Annual report of the Punjab Veterinary College and of the Civil Veterinary Department, Punjab - 1894-1908
Year: 1894
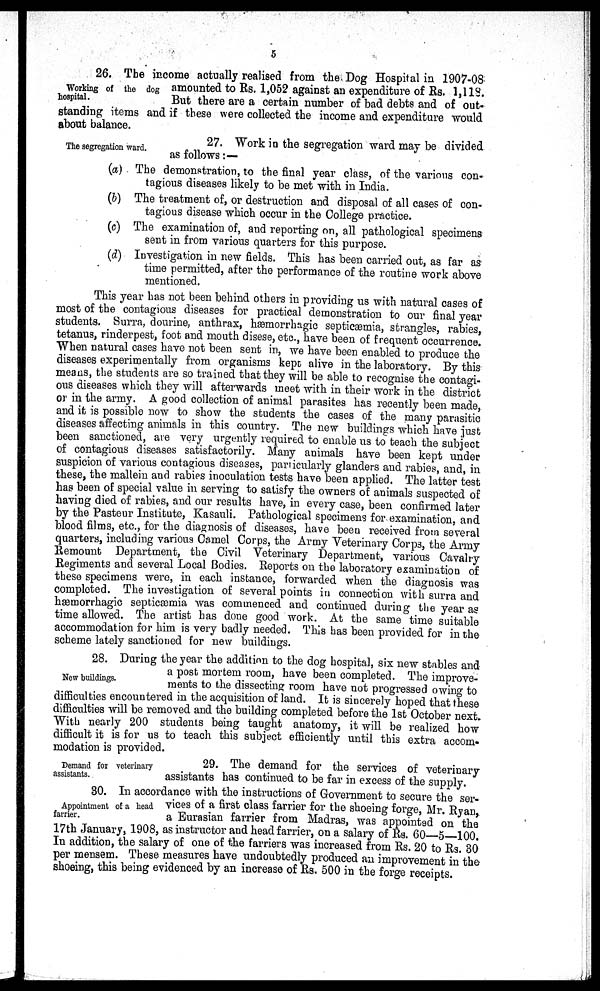
5
Working of the dog
hospital.
26. The income actually realised from the Dog Hospital in 1907-08
amounted to Rs. 1,052 against an expenditure of Rs. 1,118.
But there are a certain number of bad debts and of out-
standing items and if these were collected the income and expenditure would
about balance.
The segregation ward.
27. Work in the segregation ward may be divided
as follows:—
(a) The demonstration, to the final year class, of the various con-
tagious diseases likely to be met with in India.
(b) The treatment of, or destruction and disposal of all cases of con-
tagious disease which occur in the College practice.
(c) The examination of, and reporting on, all pathological specimens
sent in from various quarters for this purpose.
(d) Investigation in new fields. This has been carried out, as far as
time permitted, after the performance of the routine work above
mentioned.
This year has not been behind others in providing us with natural cases of
most of the contagious diseases for practical demonstration to our final year
students. Surra, dourine, anthrax, hæmorrhagic septicæmia, strangles, rabies,
tetanus, rinderpest, foot and mouth disese, etc., have been of frequent occurrence.
When natural cases have not been sent in, we have been enabled to produce the
diseases experimentally from organisms kept alive in the laboratory. By this
means, the students are so trained that they will be able to recognise the contagi-
ous diseases which they will afterwards meet with in their work in the district
or in the army. A good collection of animal parasites has recently been made,
and it is possible now to show the students the cases of the many parasitic
diseases affecting animals in this country. The new buildings which have just
been sanctioned, are very urgently required to enable us to teach the subject
of contagious diseases satisfactorily. Many animals have been kept under
suspicion of various contagious diseases, particularly glanders and rabies, and, in
these, the mallein and rabies inoculation tests have been applied. The latter test
has been of special value in serving to satisfy the owners of animals suspected of
having died of rabies, and our results have, in every case, been confirmed later
by the Pasteur Institute, Kasauli. Pathological specimens for examination, and
blood films, etc., for the diagnosis of diseases, have been received from several
quarters, including various Camel Corps, the Army Veterinary Corps, the Army
Remount Department, the Civil Veterinary Department, various Cavalry
Regiments and several Local Bodies. Reports on the laboratory examination of
these specimens were, in each instance, forwarded when the diagnosis was
completed. The investigation of several points in connection with surra and
hæmorrhagic septicæmia was commenced and continued during the year as
time allowed. The artist has done good work. At the same time suitable
accommodation for him is very badly needed. This has been provided for in the
scheme lately sanctioned for new buildings.
New buildings.
28. During the year the addition to the dog hospital, six new stables and
a post mortem room, have been completed. The improve-
ments to the dissecting room have not progressed owing to
difficulties encountered in the acquisition of land. It is sincerely hoped that these
difficulties will be removed and the building completed before the 1st October next.
With nearly 200 students being taught anatomy, it will be realized how
difficult it is for us to teach this subject efficiently until this extra accom-
modation is provided.
Demand for veterinary
assistants.
29. The demand for the services of veterinary
assistants has continued to be far in excess of the supply.
Appointment of a head
farrier.
30. In accordance with the instructions of Government to secure the ser-
vices of a first class farrier for the shoeing forge, Mr. Ryan,
a Eurasian farrier from Madras, was appointed on the
17th January, 1908, as instructor and head farrier, on a salary of Rs. 60—5—100.
In addition, the salary of one of the farriers was increased from Rs. 20 to Rs. 30
per mensem. These measures have undoubtedly produced an improvement in the
shoeing, this being evidenced by an increase of Rs. 500 in the forge receipts.